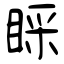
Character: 睬